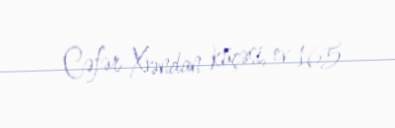
Cəfər Xəndan küçəsi, ev 165